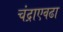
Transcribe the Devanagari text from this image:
चंद्राएवढा